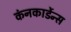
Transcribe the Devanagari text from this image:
कंनकार्डेन्स